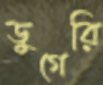
ডুগেরি